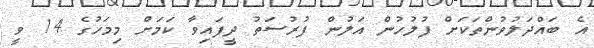
އެ ބައްދަލުވުންތަކަށް ފުލުހުން އަލުން ފުރުސަތު ދީފައިވާ ކަމަށް މިމަހުގެ 14 ވީ